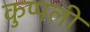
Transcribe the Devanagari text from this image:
कुप्पली